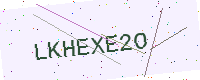
Text: LKHEXE2O